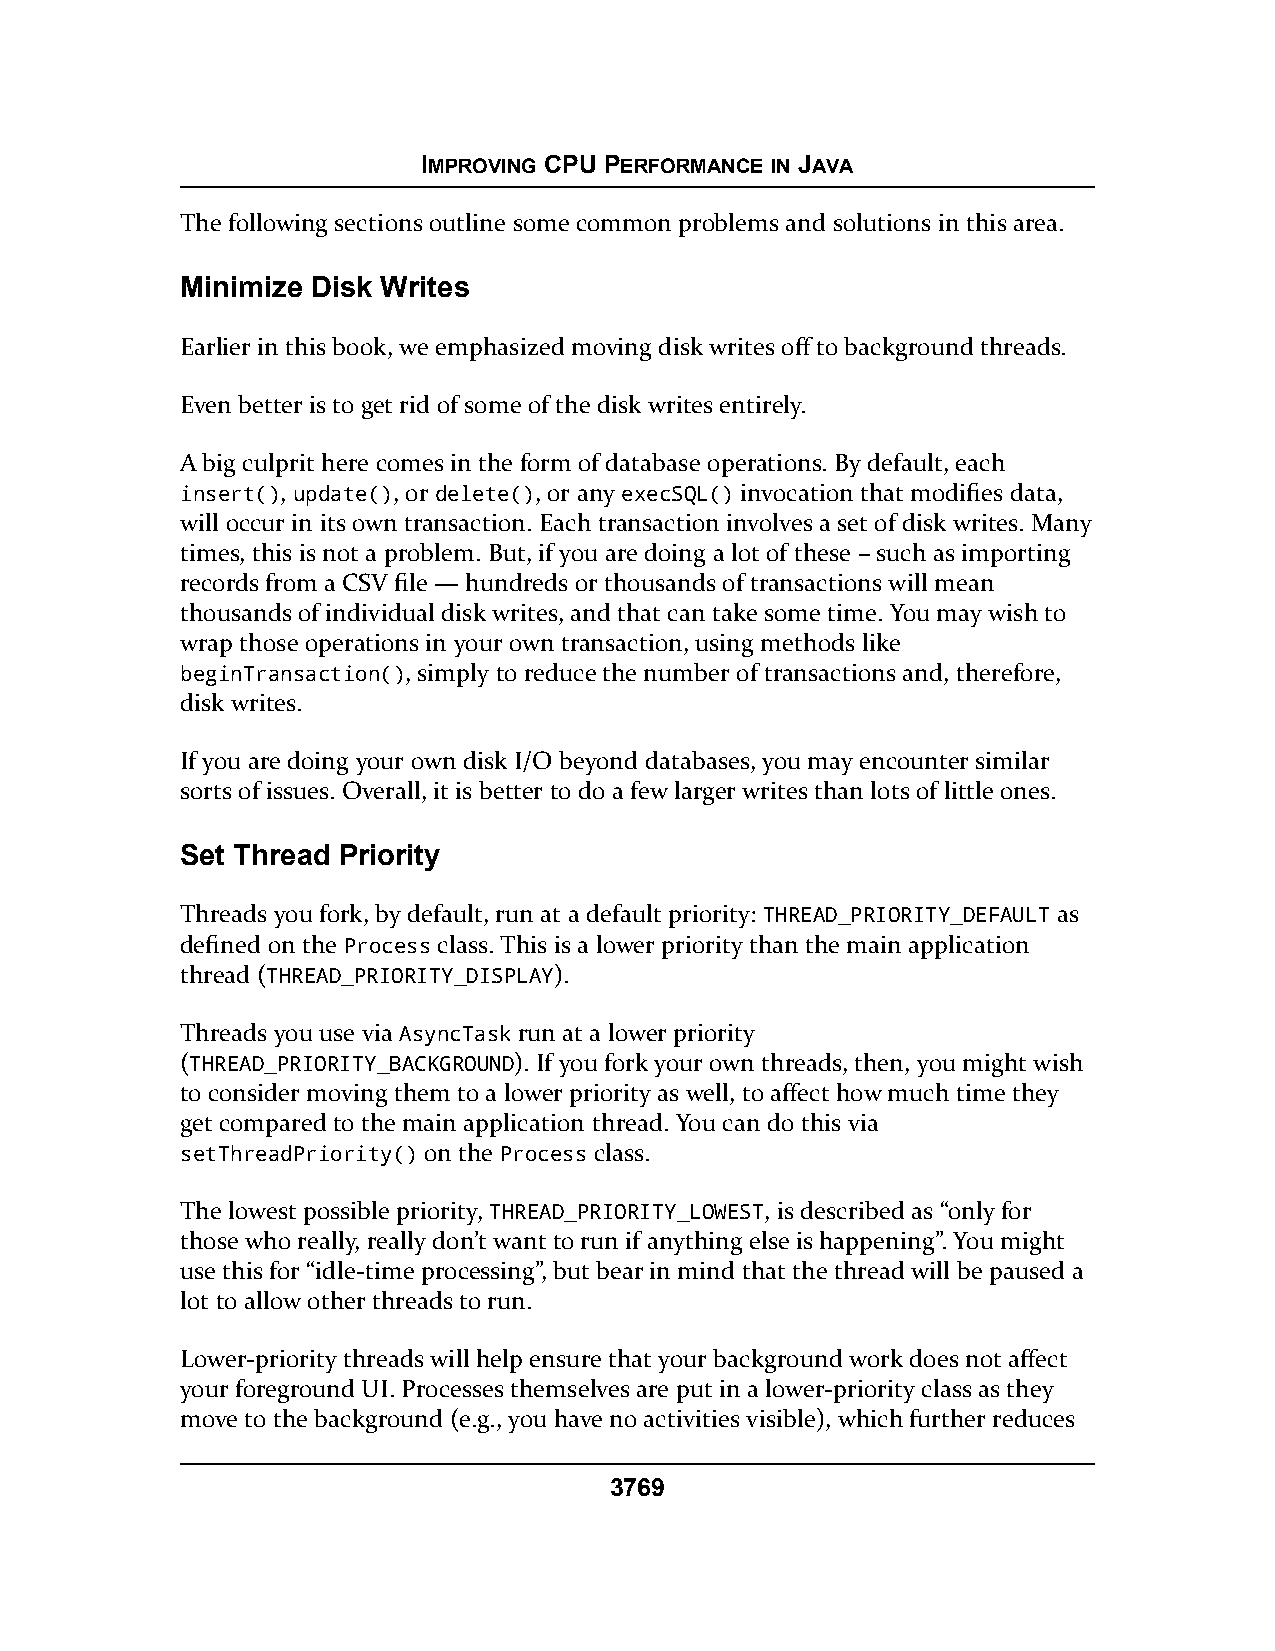
IMPROVING CPU PERFORMANCE IN JAVA
 The following sections outline some common problems and solutions in this area.
 Minimize Disk Writes
 Earlier in this book, we emphasized moving disk writes off to background threads.
 Even better is to get rid of some of the disk writes entirely.
 A big culprit here comes in the form of database operations. By default, each
 insert(), update(), or delete(), or any execSQL() invocation that modifies data,
 will occur in its own transaction. Each transaction involves a set of disk writes. Many
 times, this is not a problem. But, if you are doing a lot of these – such as importing
 records from a CSV file — hundreds or thousands of transactions will mean
 thousands of individual disk writes, and that can take some time. You may wish to
 wrap those operations in your own transaction, using methods like
 beginTransaction(), simply to reduce the number of transactions and, therefore,
 disk writes.
 If you are doing your own disk I/O beyond databases, you may encounter similar
 sorts of issues. Overall, it is better to do a few larger writes than lots of little ones.
 Set Thread Priority
 Threads you fork, by default, run at a default priority: THREAD_PRIORITY_DEFAULT as
 defined on the Process class. This is a lower priority than the main application
 thread (THREAD_PRIORITY_DISPLAY).
 Threads you use via AsyncTask run at a lower priority
 (THREAD_PRIORITY_BACKGROUND). If you fork your own threads, then, you might wish
 to consider moving them to a lower priority as well, to affect how much time they
 get compared to the main application thread. You can do this via
 setThreadPriority() on the Process class.
 The lowest possible priority, THREAD_PRIORITY_LOWEST, is described as “only for
 those who really, really don’t want to run if anything else is happening”. You might
 use this for “idle-time processing”, but bear in mind that the thread will be paused a
 lot to allow other threads to run.
 Lower-priority threads will help ensure that your background work does not affect
 your foreground UI. Processes themselves are put in a lower-priority class as they
 move to the background (e.g., you have no activities visible), which further reduces
 3769